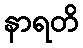
နာရတိ